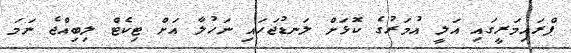
ޕްރައިމަރީގައި އަލީ އުމަރުގެ ކޮޅަށް ލަނޑުޖަހައި ނަހުލާ އަށް ޓިކެޓް ލިބިއްޖެ ނަމަ